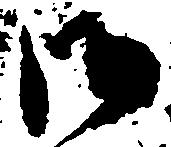
御